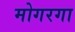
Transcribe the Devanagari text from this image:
मोगरगा